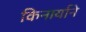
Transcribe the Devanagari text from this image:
किनार्याने